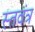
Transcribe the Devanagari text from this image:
स्तवंत्र